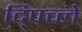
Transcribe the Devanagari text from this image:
द्पिच्ले